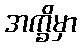
အက္ခိမှာ